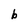
Character: b